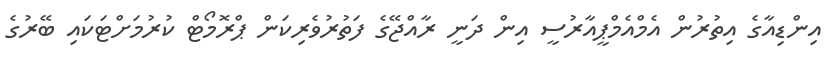
އިންޑިއާގެ އިތުރުން އެމްއެމްޕީއާރުސީ އިން ދަނީ ރާއްޖޭގެ ފަތުރުވެރިކަން ޕްރޮމޯޓް ކުރުމަށްޓަކައި ބޭރުގެ